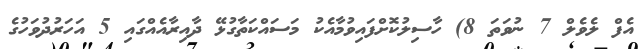
އެފް ލެވެލް 7 ނުވަތަ 8) ހާސިލުކޮށްފައިވުމާއެކު މަސައްކަތާގުޅޭ ދާއިރާއެއްގައި 5 އަހަރުދުވަހުގެ